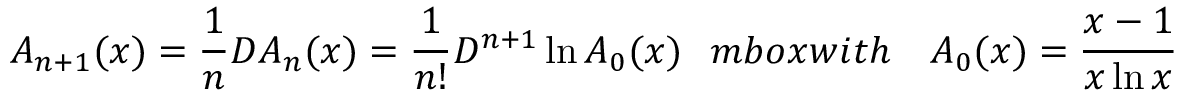
{ \cal A } _ { n + 1 } ( x ) = \frac { 1 } { n } { \cal D } { \cal A } _ { n } ( x ) = \frac { 1 } { n ! } { \cal D } ^ { n + 1 } \ln { \cal A } _ { 0 } ( x ) \; \; \, m b o x { w i t h } \ \ \ { \cal A } _ { 0 } ( x ) = \frac { x - 1 } { x \ln x } \,